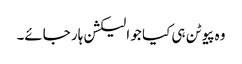
وہ پیوٹن ہی کیا جو الیکشن ہار جائے۔